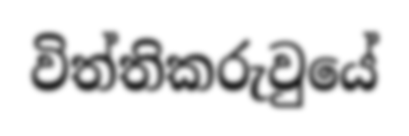
විත්තිකරුවුයේ